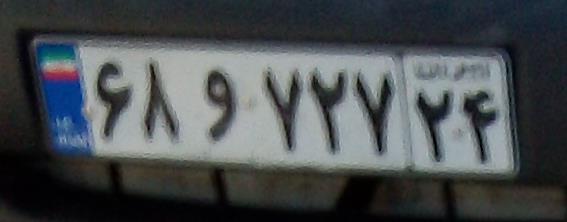
۶۸و۷۲۷۲۴